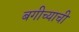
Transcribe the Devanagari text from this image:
बगीच्याची